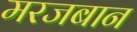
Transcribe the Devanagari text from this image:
मरजबान